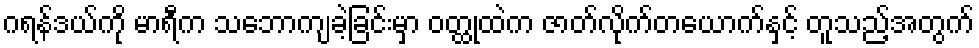
ဂရန်ဒယ်ကို မာရီက သဘောကျခဲ့ခြင်းမှာ ဝတ္ထုထဲက ဇာတ်လိုက်တယောက်နှင့် တူသည့်အတွက်